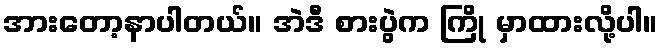
အားတော့နာပါတယ်။ အဲဒီ စားပွဲက ကြို မှာထားလို့ပါ။